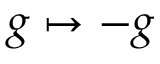
g \mapsto - g